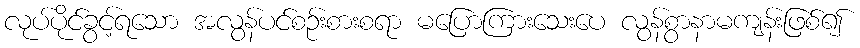
လုပ်ပိုင်ခွင့်ရသော အလွန်ပင်စဉ်းစားစရာ မပြောကြားသေးပေ လွန်စွာနာမကျန်းဖြစ်၍